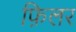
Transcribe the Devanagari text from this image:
फ़िलर